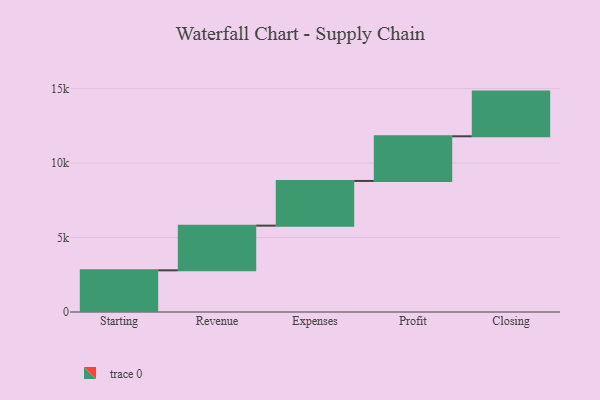
{"axis": {"x": "Step", "y": "Value"}, "legend": [""], "data": [{"x": "Starting", "y": 2798.0, "type": ""}, {"x": "Revenue", "y": 3000, "type": ""}, {"x": "Expenses", "y": 3000, "type": ""}, {"x": "Profit", "y": 3000, "type": ""}, {"x": "Closing", "y": 3000, "type": ""}]}